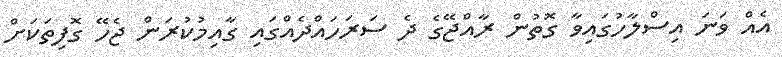
އެއް ވަނަ އިސްލާހުގައިވާ ގޮތުން ރާއްޖޭގެ ދެ ސަރަހައްދެއްގައި ގާއިމުކުރަން ޖެހޭ ގޮފިތަކަށް